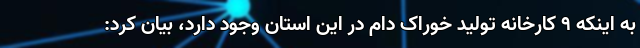
به اینکه ۹ کارخانه تولید خوراک دام در این استان وجود دارد، بیان کرد: